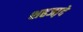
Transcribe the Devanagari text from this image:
शहजा़दे